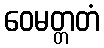
ဝေမတ္တတံ